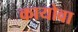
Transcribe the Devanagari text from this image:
कायोवा